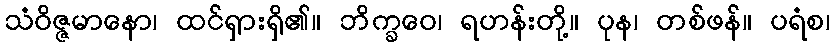
သံဝိဇ္ဇမာနော၊ ထင်ရှားရှိ၏။ ဘိက္ခဝေ၊ ရဟန်းတို့။ ပုန၊ တစ်ဖန်။ ပရံစ၊